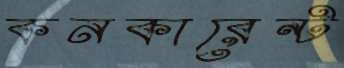
কনকারেন্ট